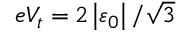
e V _ { t } = 2 \left\vert \varepsilon _ { 0 } \right\vert / \sqrt { 3 }